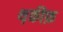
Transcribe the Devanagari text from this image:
थ़कीफ़